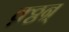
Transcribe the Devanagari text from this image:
क़्ठ्ठन्र्